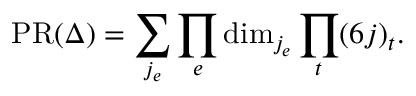
\mathrm { P R } ( \Delta ) = \sum _ { j _ { e } } \prod _ { e } \mathrm { d i m } _ { j _ { e } } \prod _ { t } ( 6 j ) _ { t } .